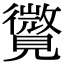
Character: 𧢓